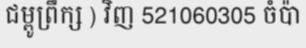
ជម្ពូព្រឹក្ស ) វិញ 521060305 ចំប៉ា